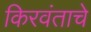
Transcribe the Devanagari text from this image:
किरवंताचे